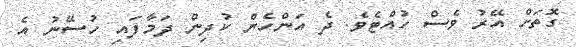
ގޮތަށް އޭރު ވެސް ހުއްޓެވެ. ދެ އަންހެން ކުދިން ދަމާފައި ހުސޭނު އެ